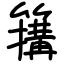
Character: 簼